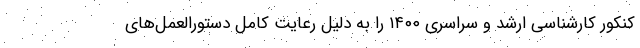
کنکور کارشناسی ارشد و سراسری ۱۴۰۰ را به دلیل رعایت کامل دستورالعمل‌های